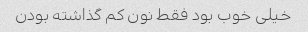
خیلی خوب بود فقط نون کم گذاشته بودن